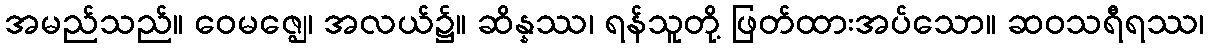
အမည်သည်။ ဝေမဇ္ဈေ၊ အလယ်၌။ ဆိန္နဿ၊ ရန်သူတို့ ဖြတ်ထားအပ်သော။ ဆဝသရီရဿ၊